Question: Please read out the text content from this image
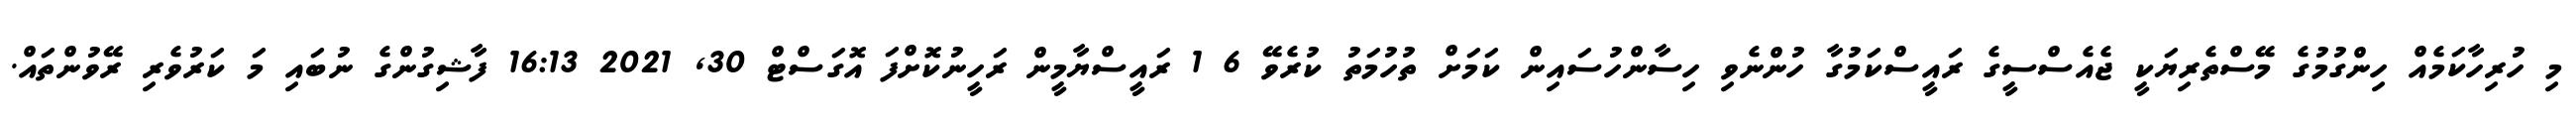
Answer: މި ހުރިހާކަމެއް ހިންގުމުގެ މޭސްތެރިޔަކީ ޖެއެސްސީގެ ރައީސްކަމުގާ ހުންނެވި ހިސާންހުސައިން ކަމަށް ތުހުމަތު ކުރެވޭ 6 1 ރައީސްޔާމީން ރަހީނުކޮށްފަ އޮގަސްޓް 30, 2021 16:13 ފާޝިގުންގެ ނުބައި މަ ކަރުވެރި ރޭވުންތައް.